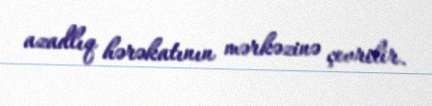
azadlıq hərəkatının mərkəzinə çevrilir.